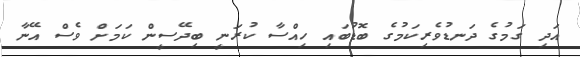
އަދި ގަމުގެ ދަނޑުވެރިކަމުގެ ބޮޑުބައި ހިއްސާ ކުރަނީ ބިދޭސީން ކަމަށް ވެސް އޭނާ